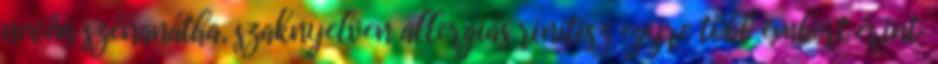
nevén szénanátha, szaknyelven allergiás rinitisz egyre több embert érint: